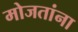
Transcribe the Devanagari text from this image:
मोजतांना